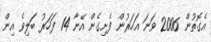
އެގޮތުން 2006 ވަނަ އަހަރުން ފެށިގެން އޭނާ 14 ފަހަރު ބަލިވެ އިން